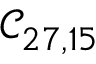
\mathcal { C } _ { 2 7 , 1 5 }